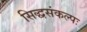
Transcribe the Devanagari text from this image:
सिद्धसंकल्पः